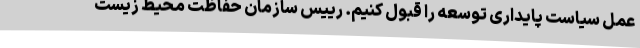
عمل سیاست پایداری توسعه را قبول کنیم. رییس سازمان حفاظت محیط زیست